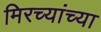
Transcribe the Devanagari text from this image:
मिरच्यांच्या